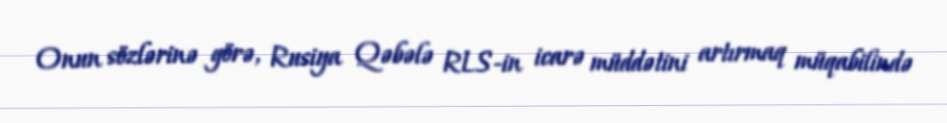
Onun sözlərinə görə, Rusiya Qəbələ RLS-in icarə müddətini artırmaq müqabilində